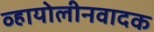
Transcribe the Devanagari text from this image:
व्हायोलीनवादक